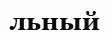
льный